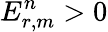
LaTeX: E_{r,m}^{n}>0